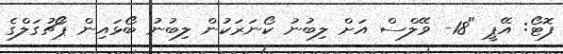
ފޮޓޯ: އޭޕީ "18- ވޭލްސް އަށް ލިބުނު ކޯނަރަކުން ލިބުނު ބޯޅައިން ޕޯޗުގަލްގެ